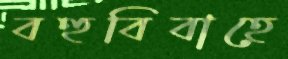
বহুবিবাহে